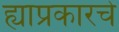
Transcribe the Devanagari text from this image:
ह्याप्रकारचे